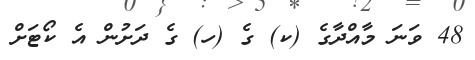
48 ވަނަ މާއްދާގެ (ކ) ގެ (ހ) ގެ ދަށުން އެ ކޯޓަށް